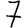
Digit: 7